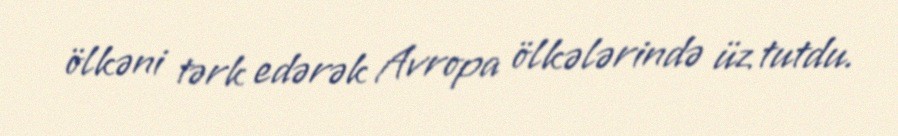
ölkəni tərk edərək Avropa ölkələrində üz tutdu.